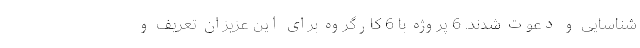
شناسایی و دعوت شدند. 6 پروژه با 6 كارگروه برای این عزیزان تعریف و